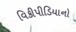
વિકીપીડિયાનો